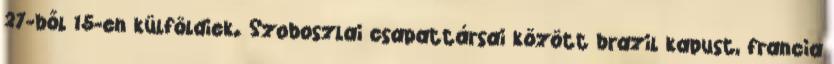
27-ből 15-en külföldiek. Szoboszlai csapattársai között brazil kapust, francia